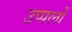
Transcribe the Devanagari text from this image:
उप्पलों